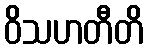
ဝိသဟတီတိ